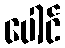
ပေါင်